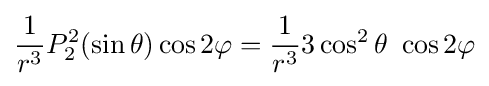
{\frac {1}{r^{3}}}P_{2}^{2}(\sin \theta )\cos 2\varphi ={\frac {1}{r^{3}}}3\cos ^{2}\theta \ \cos 2\varphi